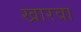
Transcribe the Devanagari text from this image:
खारवा